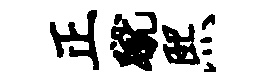
正蹴熙